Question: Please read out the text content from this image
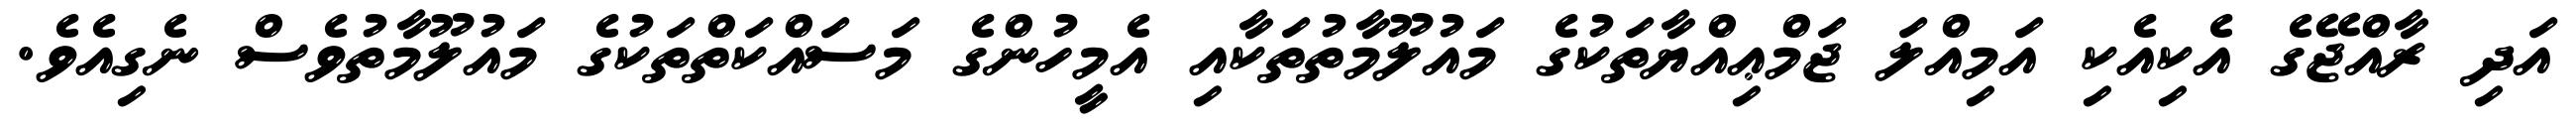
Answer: އަދި ރާއްޖޭގެ އެކިއެކި އަމިއްލަ ޖަމްޢިއްޔާތަކުގެ މައުލޫމާތުތަކާއި އެމީހުންގެ މަސައްކަތްތަކުގެ މައުލޫމާތުވެސް ނެގިއެވެ.